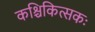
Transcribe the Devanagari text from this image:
कश्चिकित्सकः